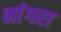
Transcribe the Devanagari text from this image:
भांगरा